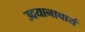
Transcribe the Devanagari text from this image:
उदयानाचार्य